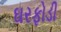
ઘરફોડી